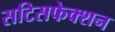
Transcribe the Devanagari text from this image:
सटिसफेक्शन